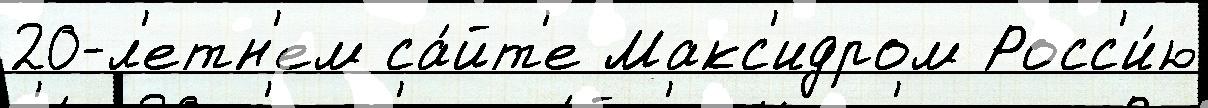
20-л'етн'ем са́йт'е Макс'идром Росс'и́ю